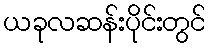
ယခုလဆန်းပိုင်းတွင်